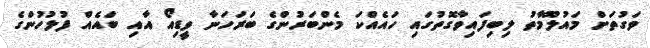
ވަގުތަށް މައުލޫމާތު ލިބިފައިވާގޮތުގައި ހައެއްކަ މެންބަރުންގެ ބަރަހަނާ ވީޑިއޯ އާއި ބައެއް ފުލުހުންގެ